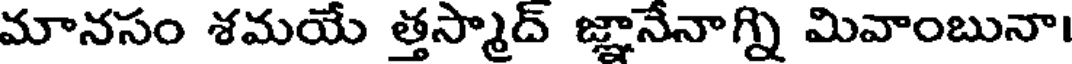
మానసం శమయే త్తస్మాద్ జ్ఞానేనాగ్ని మివాంబునా